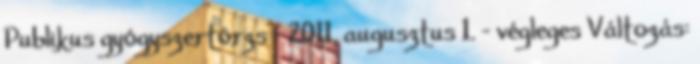
Publikus gyógyszertörzs – 2011. augusztus 1. - végleges Változás: